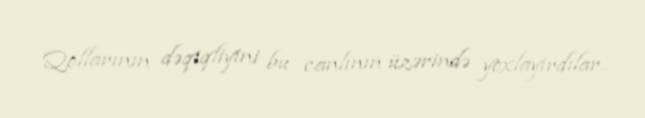
Qollarının dəqiqliyini bu canlının üzərində yoxlayırdılar.